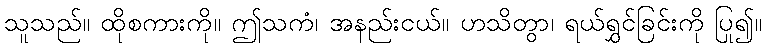
သူသည်။ ထိုစကားကို။ ဤသကံ၊ အနည်းငယ်။ ဟသိတွာ၊ ရယ်ရွှင်ခြင်းကို ပြု၍။